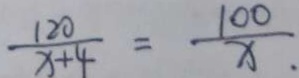
\frac { 1 2 0 } { x + 4 } = \frac { 1 0 0 } { x . }